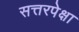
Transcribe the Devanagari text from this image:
सत्तरपेक्षा